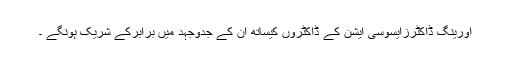
اورینگ ڈاکٹرزایسوسی ایشن کے ڈاکٹروں کیساتھ ان کے جدوجہد میں برابرکے شریک ہونگے ۔